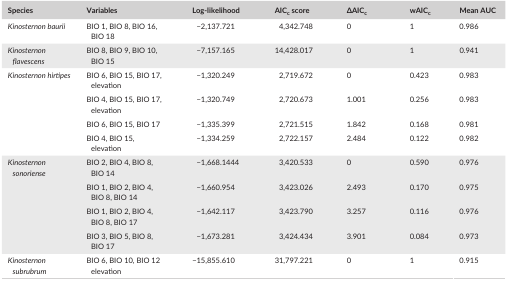
<table><thead><tr><td><b>Species</b></td><td><b>Variables</b></td><td><b>Log‐likelihood</b></td><td><b>AIC<sub>c</sub> score</b></td><td><b>ΔAIC<sub>c</sub></b></td><td><b>wAIC<sub>c</sub></b></td><td><b>Mean AUC</b></td></tr></thead><tbody><tr><td><i>Kinosternon baurii</i></td><td>BIO 1, BIO 8, BIO 16,BIO 18</td><td>−2,137.721</td><td>4,342.748</td><td>0</td><td>1</td><td>0.986</td></tr><tr><td><i>Kinosternon flavescens</i></td><td>BIO 8, BIO 9, BIO 10,BIO 15</td><td>−7,157.165</td><td>14,428.017</td><td>0</td><td>1</td><td>0.941</td></tr><tr><td rowspan="4"><i>Kinosternon hirtipes</i></td><td>BIO 6, BIO 15, BIO 17,elevation</td><td>−1,320.249</td><td>2,719.672</td><td>0</td><td>0.423</td><td>0.983</td></tr><tr><td>BIO 4, BIO 15, BIO 17,elevation</td><td>−1,320.749</td><td>2,720.673</td><td>1.001</td><td>0.256</td><td>0.983</td></tr><tr><td>BIO 6, BIO 15, BIO 17</td><td>−1,335.399</td><td>2,721.515</td><td>1.842</td><td>0.168</td><td>0.981</td></tr><tr><td>BIO 4, BIO 15,elevation</td><td>−1,334.259</td><td>2,722.157</td><td>2.484</td><td>0.122</td><td>0.982</td></tr><tr><td rowspan="4"><i>Kinosternon sonoriense</i></td><td>BIO 2, BIO 4, BIO 8,BIO 14</td><td>−1,668.1444</td><td>3,420.533</td><td>0</td><td>0.590</td><td>0.976</td></tr><tr><td>BIO 1, BIO 2, BIO 4,BIO 8, BIO 14</td><td>−1,660.954</td><td>3,423.026</td><td>2.493</td><td>0.170</td><td>0.975</td></tr><tr><td>BIO 1, BIO 2, BIO 4,BIO 8, BIO 17</td><td>−1,642.117</td><td>3,423.790</td><td>3.257</td><td>0.116</td><td>0.976</td></tr><tr><td>BIO 3, BIO 5, BIO 8,BIO 17</td><td>−1,673.281</td><td>3,424.434</td><td>3.901</td><td>0.084</td><td>0.973</td></tr><tr><td><i>Kinosternon subrubrum</i></td><td>BIO 6, BIO 10, BIO 12elevation</td><td>−15,855.610</td><td>31,797.221</td><td>0</td><td>1</td><td>0.915</td></tr></tbody></table>